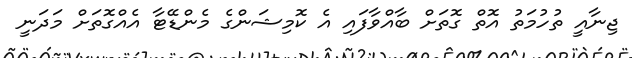
ޖިނާއީ ތުހުމަތު އޮތް ގޮތަށް ބާއްވާފައި އެ ކޮމިޝަންގެ މެންޑޭޓާ އެއްގޮތަށް މަދަނީ